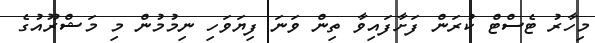
މިހާރު ޓެސްޓް ކުރަން ފަށާފައިވާ ތިން ވަނަ ފިޔަވަހި ނިމުމުން މި މަޝްރޫއުގެ